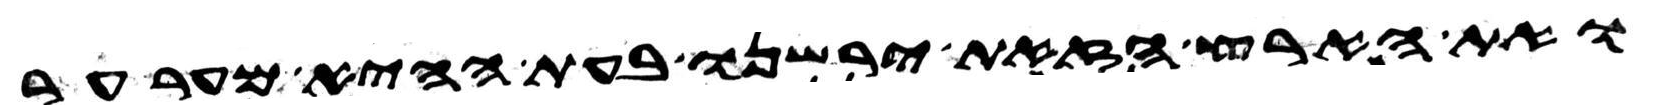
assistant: ואת הארץ הזאת ירשנו בעת ההיא מערער